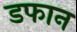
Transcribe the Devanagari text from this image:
डफान